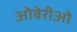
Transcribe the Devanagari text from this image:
ओबेरीओ